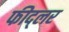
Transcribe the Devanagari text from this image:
फीद्लर